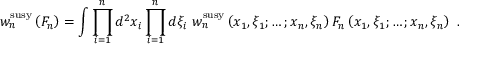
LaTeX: w _ { n } ^ { \mathrm { s u s y } } \left( F _ { n } \right) = \int \prod _ { i = 1 } ^ { n } d ^ { 2 } x _ { i } \prod _ { i = 1 } ^ { n } d \xi _ { i } \, \, w _ { n } ^ { \mathrm { s u s y } } \left( x _ { 1 } , \xi _ { 1 } ; \ldots ; x _ { n } , \xi _ { n } \right) F _ { n } \left( x _ { 1 } , \xi _ { 1 } ; \ldots ; x _ { n } , \xi _ { n } \right) \, \, .